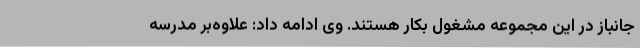
جانباز در این مجموعه مشغول بکار هستند. وی ادامه داد: علاوه‌بر مدرسه